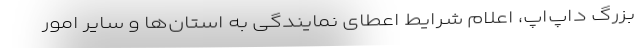
بزرگ داپ‌اَپ، اعلام شرایط اعطای نمایندگی به استان‌ها و سایر امور